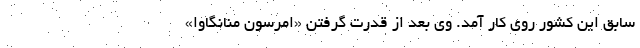
سابق این کشور روی کار آمد. وی بعد از قدرت گرفتن «امرسون منانگاوا»